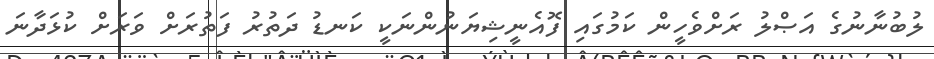
ލުބުނާނުގެ އަޞްލު ރަށްވެހީން ކަމުގައި ފޮއެނީޝިޔަނުންނަކީ ކަނޑު ދަތުރު ފަތުރަށް ވަރަށް ކުޅަދާނަ